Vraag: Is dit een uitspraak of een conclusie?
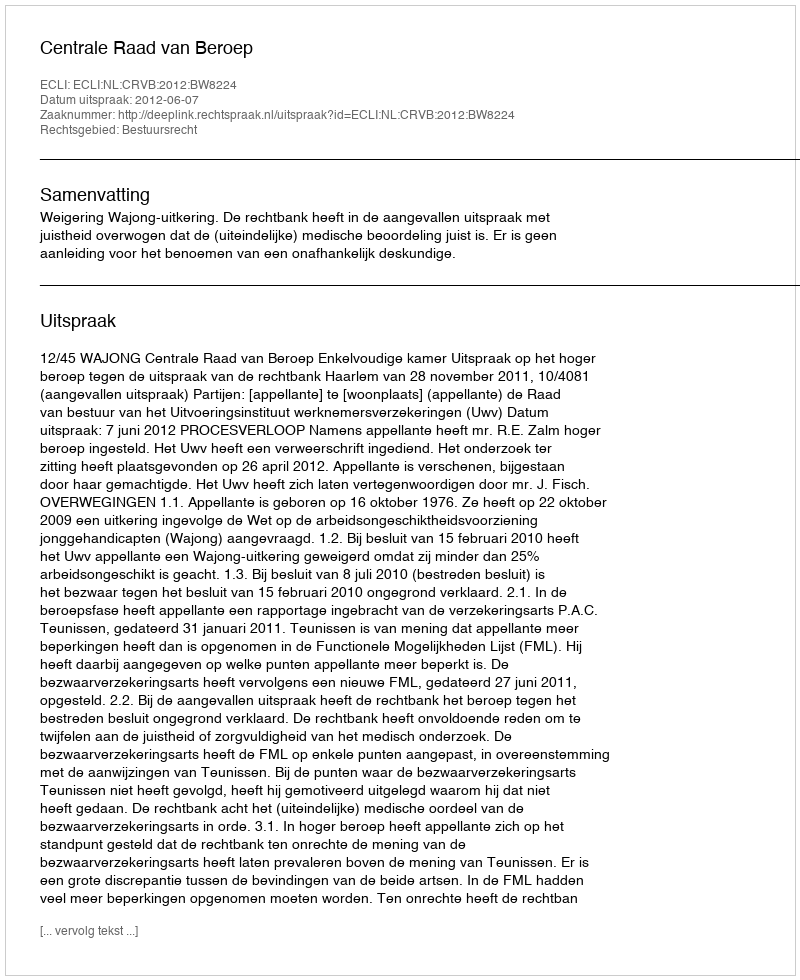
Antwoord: Uitspraak